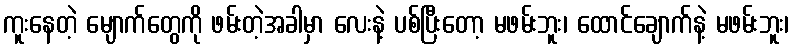
ကူးနေတဲ့ မျောက်တွေကို ဖမ်းတဲ့အခါမှာ လေးနဲ့ ပစ်ပြီးတော့ မဖမ်းဘူး၊ ထောင်ချောက်နဲ့ မဖမ်းဘူး၊